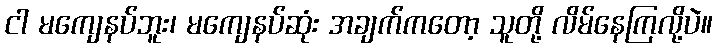
ငါ မကျေနပ်ဘူး၊ မကျေနပ်ဆုံး အချက်ကတော့ သူတို့ လိမ်နေကြလို့ပဲ။